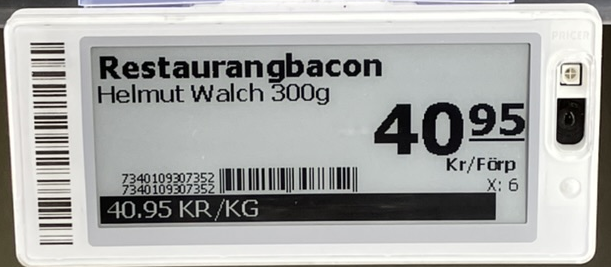
Vara: Restaurangbacon
Genomsnittspris: 40.95 per kg